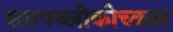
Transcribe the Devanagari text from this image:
स्ताफ्य्लोकोच्कल